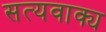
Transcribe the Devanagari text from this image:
सत्यवाक्य